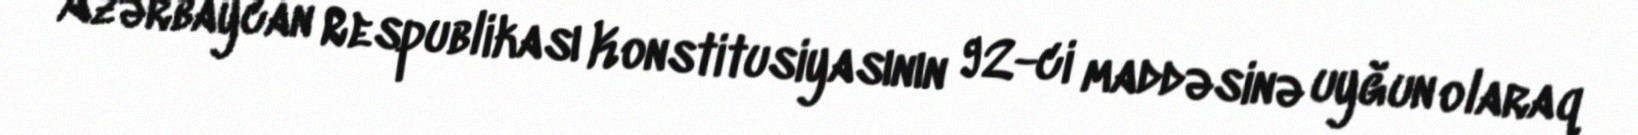
Azərbaycan Respublikası Konstitusiyasının 92-ci maddəsinə uyğun olaraq